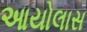
આયોલાસ